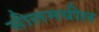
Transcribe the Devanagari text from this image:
सीलमधील